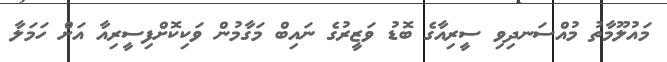
މައުލޫމާތު މުއްސަނދިވި ސީރިއާގެ ބޮޑު ވަޒީރުގެ ނައިބް މަގާމުން ވަކިކޮށްފިސީރިއާ އަށް ހަމަލާ